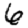
Digit: 6